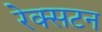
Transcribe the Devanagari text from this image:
रेक्सटन